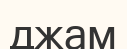
джам